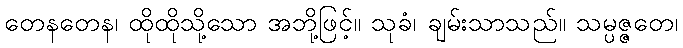
တေနတေန၊ ထိုထိုသို့သော အဘို့ဖြင့်။ သုခံ၊ ချမ်းသာသည်။ သမ္ပဇ္ဇတေ၊